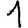
Digit: 1